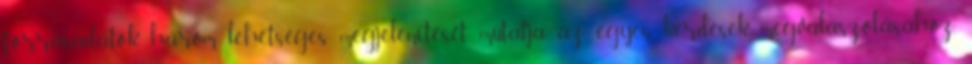
forrásadatok három lehetséges megjelenítését mutatja az egyes kérdések megválaszolásához.